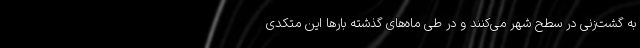
به گشت‌زنی در سطح شهر می‌کنند و در طی ماه‌های گذشته بارها این متکدی